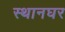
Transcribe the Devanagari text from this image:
स्थानघर